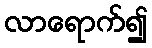
လာရောက်၍